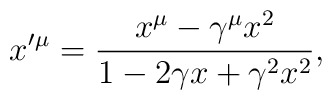
x'{}^\mu=\frac{x^\mu-\gamma^\mu x^2}{1-2\gamma x + \gamma^2 x^2},